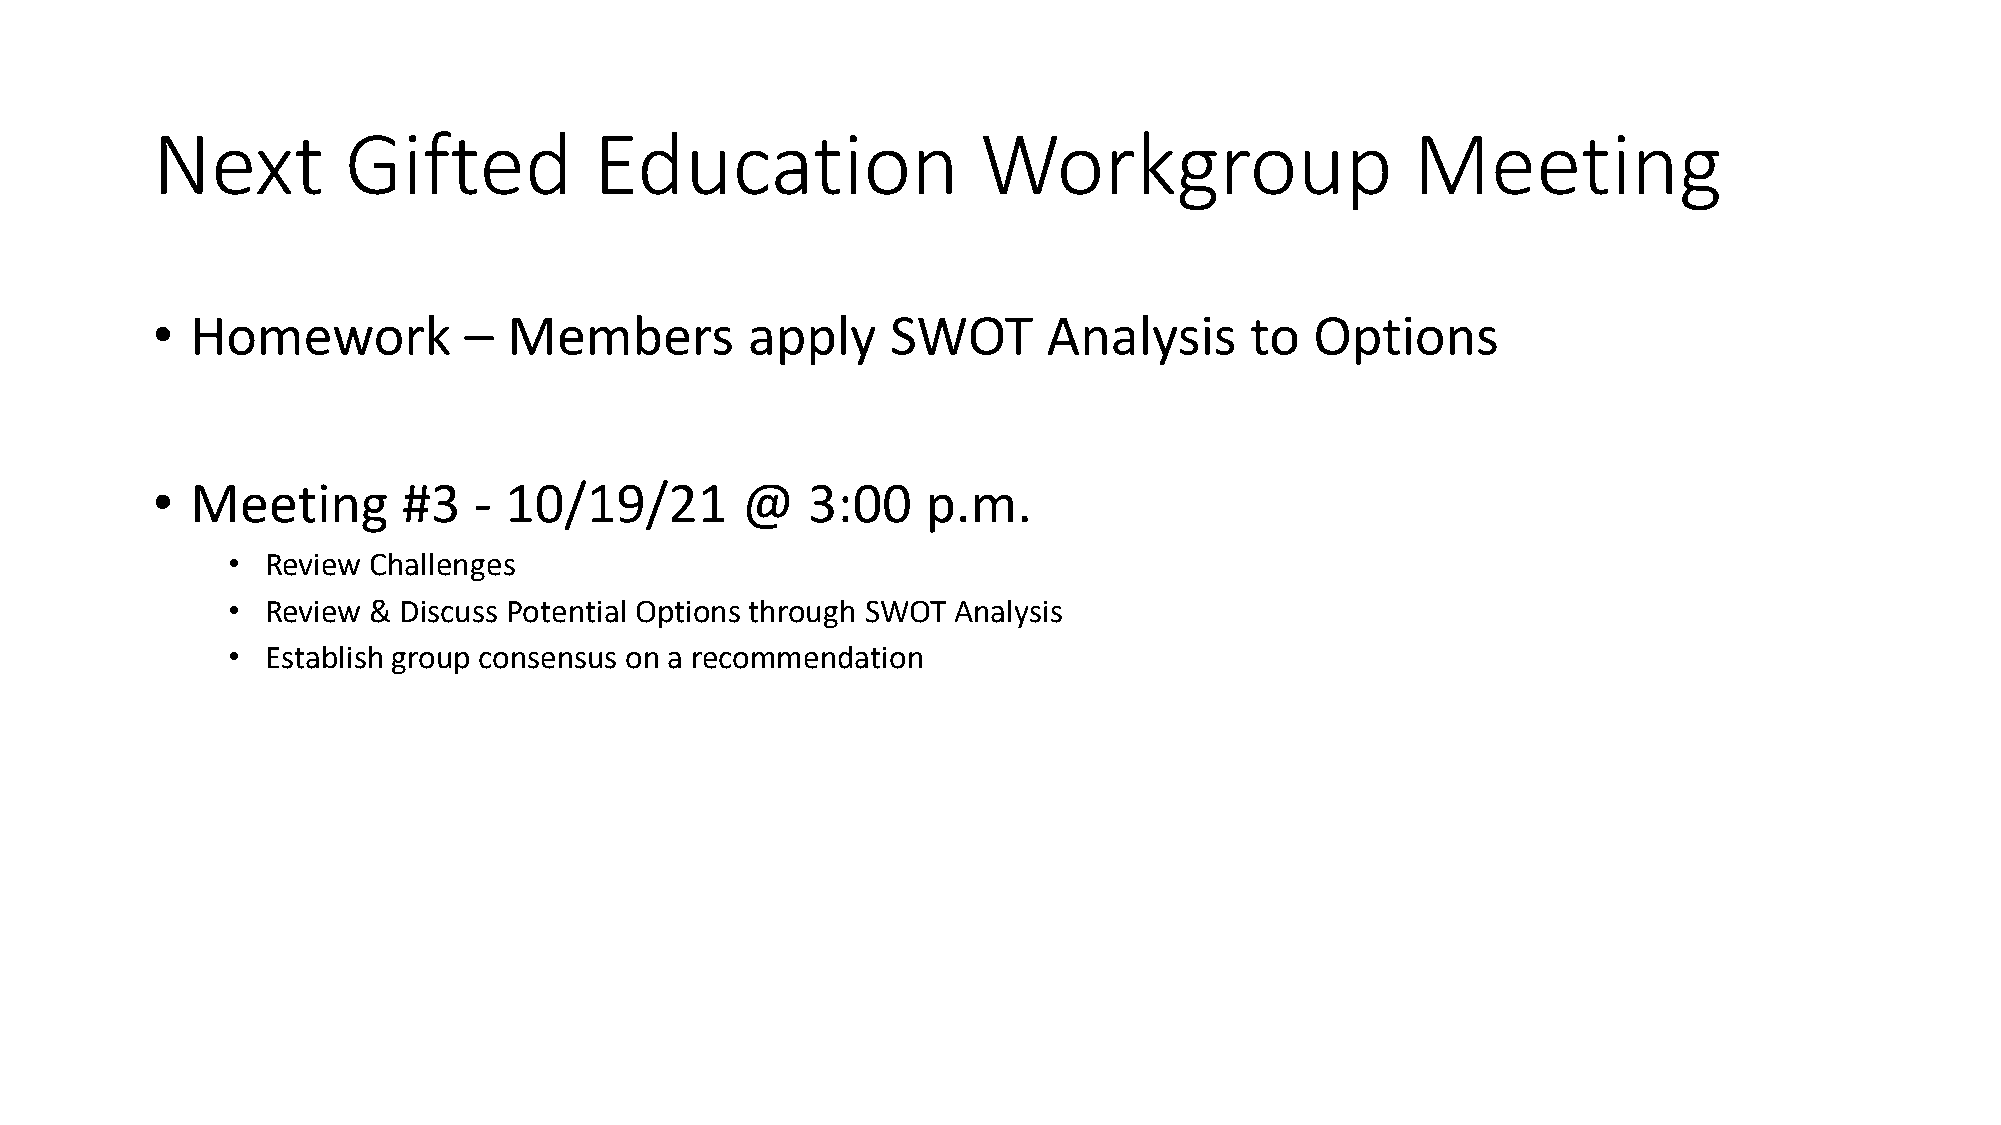
Next         Gifted          Education                 Workgroup                    Meeting
 •  Homework          –  Members        apply     SWOT      Analysis      to  Options
 •  Meeting       #3  - 10/19/21        @   3:00    p.m.
 •  Review Challenges
 •  Review & Discuss Potential Options through SWOT Analysis
 •  Establish group consensus on a recommendation